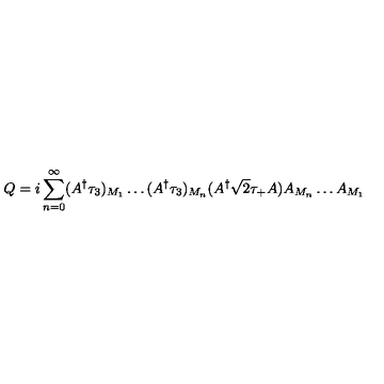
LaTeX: Q = i \sum _ { n = 0 } ^ { \infty } ( A ^ { \dagger } \tau _ { 3 } ) _ { M _ { 1 } } \ldots ( A ^ { \dagger } \tau _ { 3 } ) _ { M _ { n } } ( A ^ { \dagger } { \sqrt 2 } \tau _ { + } A ) A _ { M _ { n } } \ldots A _ { M _ { 1 } }